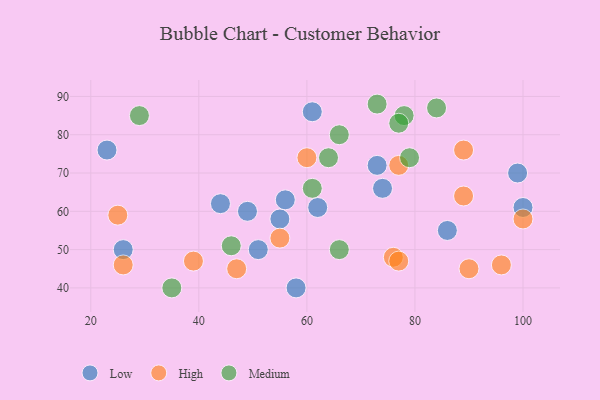
{"axis": {"x": "GDP", "y": "Life Expectancy"}, "legend": ["High", "Low", "Medium"], "data": [{"x": "73", "y": 72, "type": "Low"}, {"x": "62", "y": 61, "type": "Low"}, {"x": "49", "y": 60, "type": "Low"}, {"x": "56", "y": 63, "type": "Low"}, {"x": "51", "y": 50, "type": "Low"}, {"x": "58", "y": 40, "type": "Low"}, {"x": "44", "y": 62, "type": "Low"}, {"x": "100", "y": 61, "type": "Low"}, {"x": "55", "y": 58, "type": "Low"}, {"x": "99", "y": 70, "type": "Low"}, {"x": "26", "y": 50, "type": "Low"}, {"x": "23", "y": 76, "type": "Low"}, {"x": "74", "y": 66, "type": "Low"}, {"x": "61", "y": 86, "type": "Low"}, {"x": "86", "y": 55, "type": "Low"}, {"x": "55", "y": 53, "type": "High"}, {"x": "26", "y": 46, "type": "High"}, {"x": "100", "y": 58, "type": "High"}, {"x": "90", "y": 45, "type": "High"}, {"x": "96", "y": 46, "type": "High"}, {"x": "25", "y": 59, "type": "High"}, {"x": "76", "y": 48, "type": "High"}, {"x": "89", "y": 76, "type": "High"}, {"x": "39", "y": 47, "type": "High"}, {"x": "77", "y": 47, "type": "High"}, {"x": "77", "y": 72, "type": "High"}, {"x": "60", "y": 74, "type": "High"}, {"x": "47", "y": 45, "type": "High"}, {"x": "89", "y": 64, "type": "High"}, {"x": "29", "y": 85, "type": "Medium"}, {"x": "46", "y": 51, "type": "Medium"}, {"x": "84", "y": 87, "type": "Medium"}, {"x": "66", "y": 50, "type": "Medium"}, {"x": "66", "y": 80, "type": "Medium"}, {"x": "64", "y": 74, "type": "Medium"}, {"x": "79", "y": 74, "type": "Medium"}, {"x": "78", "y": 85, "type": "Medium"}, {"x": "35", "y": 40, "type": "Medium"}, {"x": "73", "y": 88, "type": "Medium"}, {"x": "61", "y": 66, "type": "Medium"}, {"x": "77", "y": 83, "type": "Medium"}]}